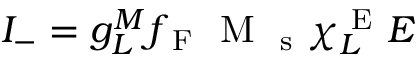
{ \cal I } _ { - } = g _ { L } ^ { M } f _ { \mathrm { ~ F ~ } } \mathrm { ~ M ~ } _ { \mathrm { ~ s ~ } } \chi _ { L } ^ { \mathrm { ~ E ~ } } { \cal E }